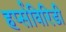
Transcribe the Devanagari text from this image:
हर्प्सविरिडी